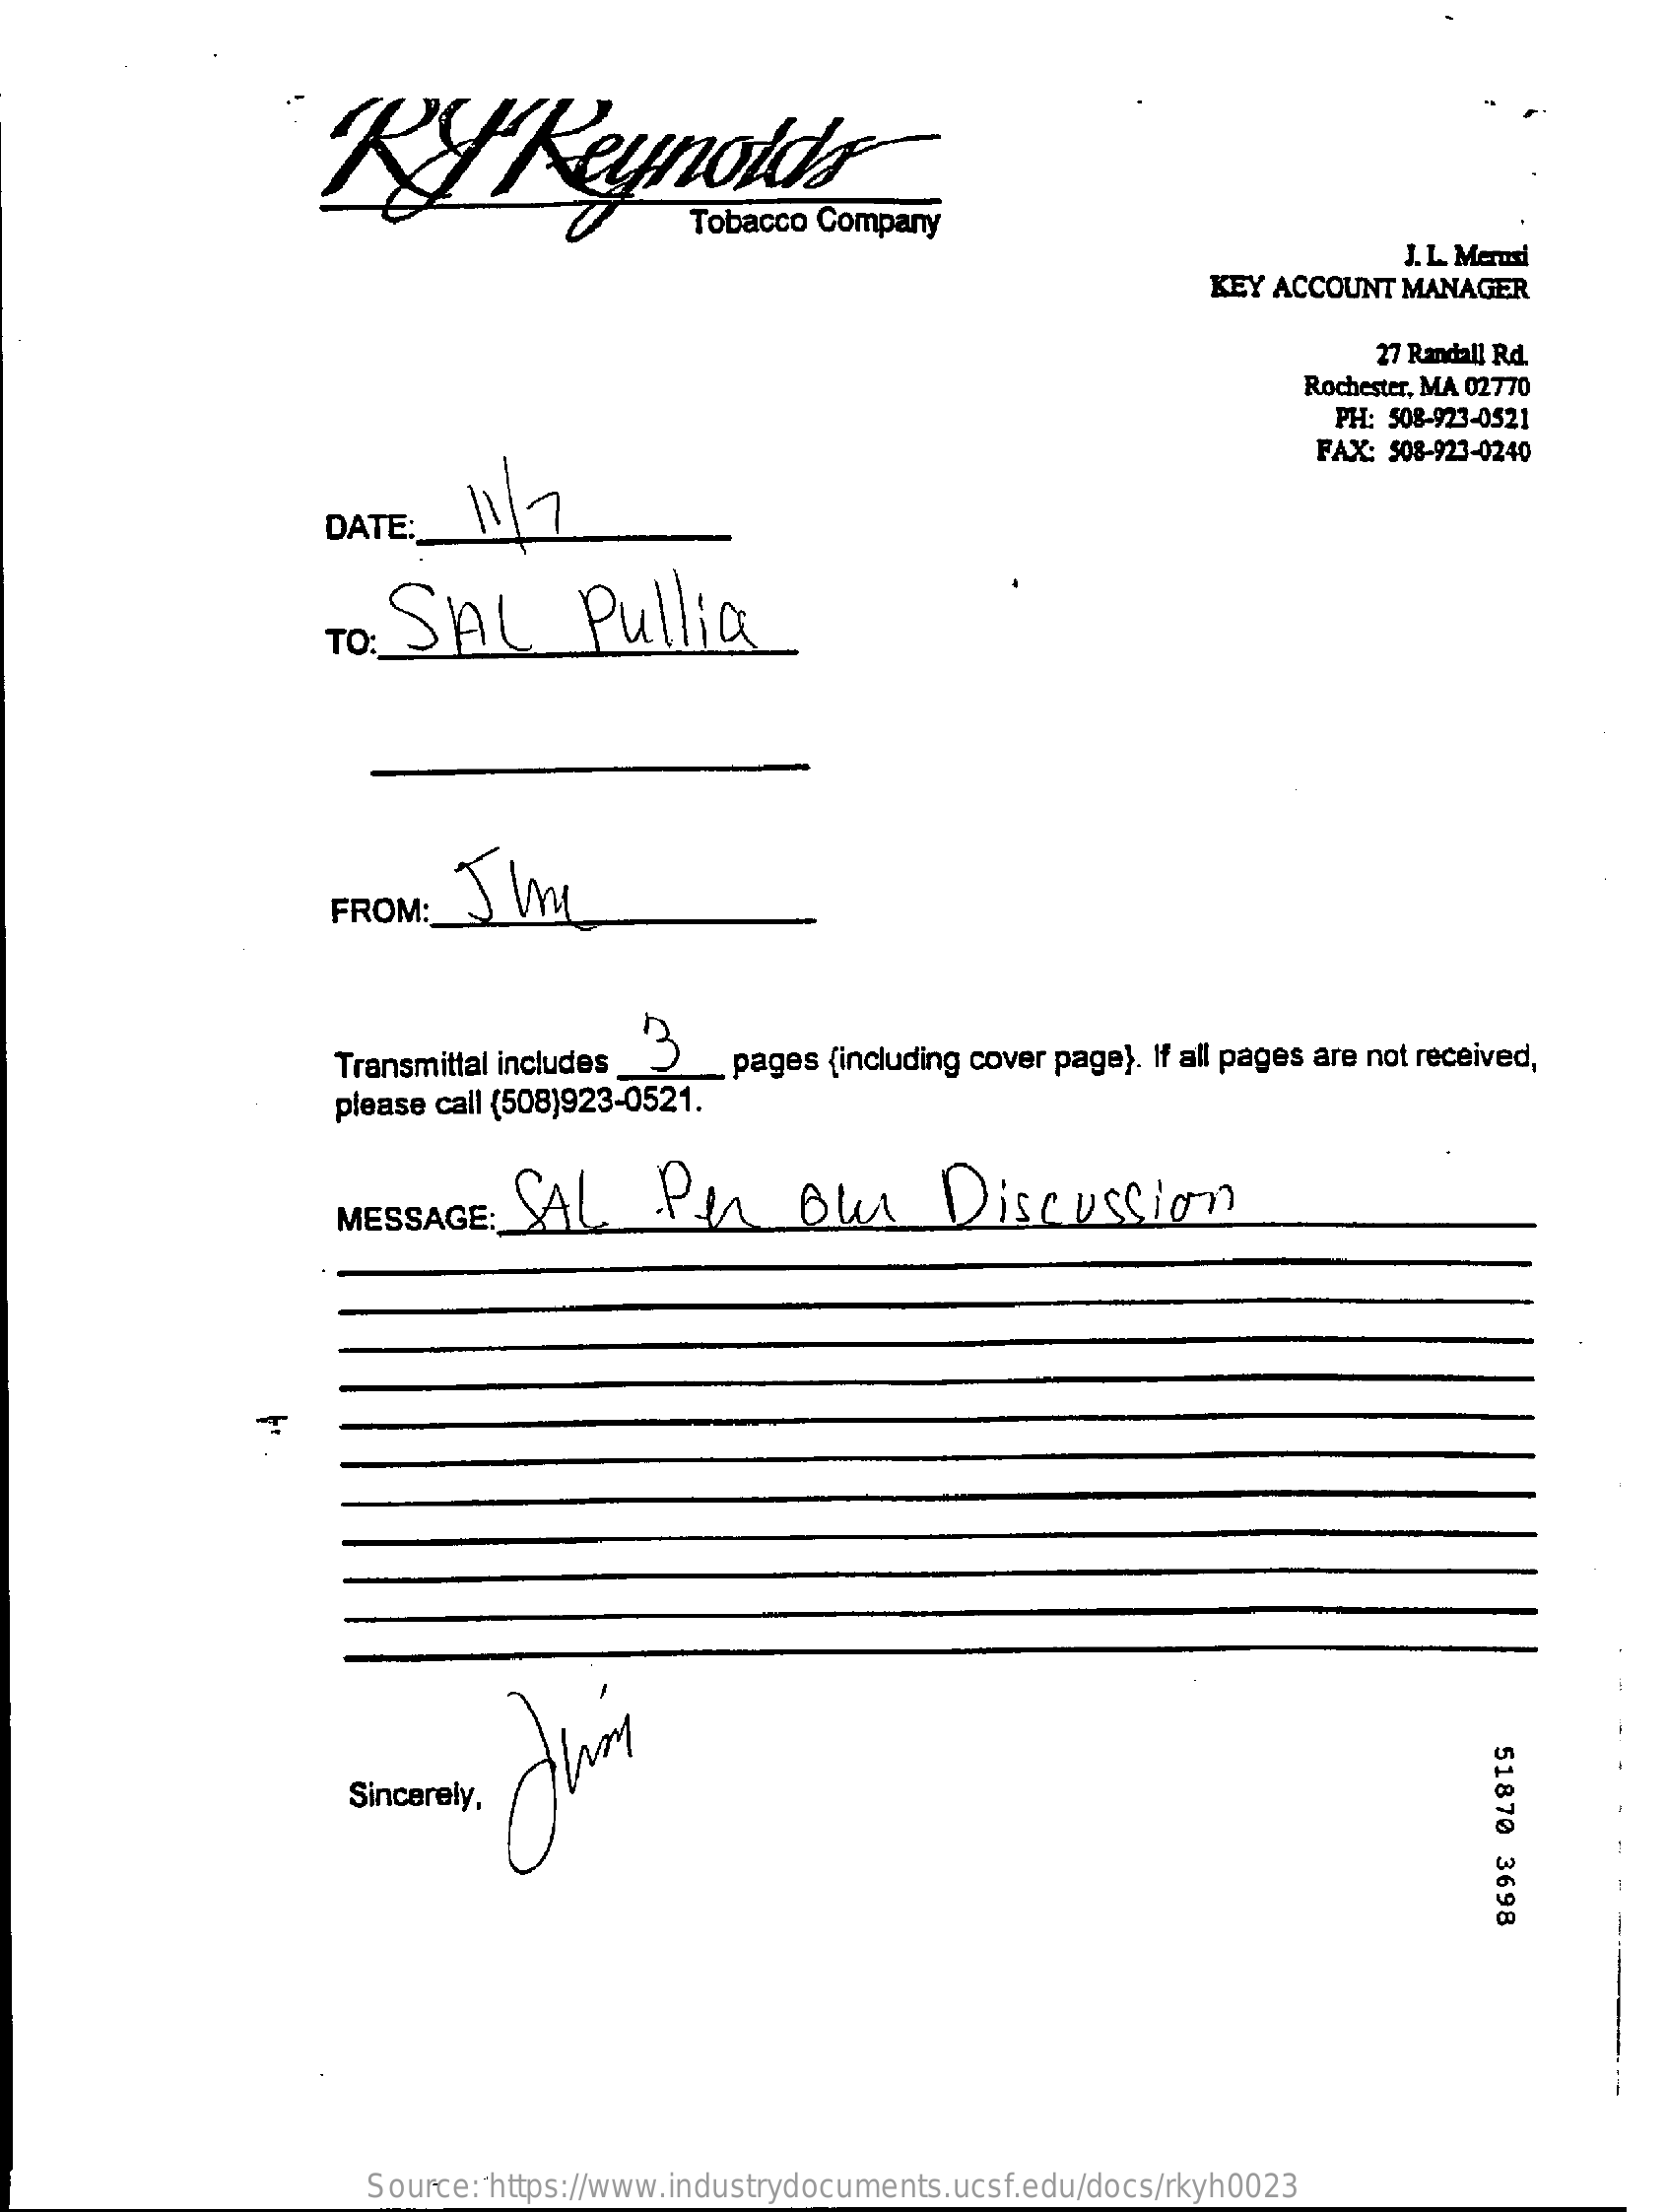
Reynolds
     Tobacco Company
     J.L. Mersi
     KEY ACCOUNT MANAGER
     27 Randall Rd.
     Rochester, MA 02770
     PH: 508-923-0521
     FAX: 508-923-0240
     DATE:
     TO: SAL    Pullia
     FROM:
     Transmittal includes 3 pages {including cover page). If all pages are not received,
     please call (508)923-0521.
     MESSAGE:  SAL    Per    our    Discussion
     51870
     3698
     Sincerely,
     Source: https://www.industrydocuments.ucsf.edu/docs/rkyh0023